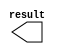
module dist (
	result);

	output	[8:0]  result;

endmodule